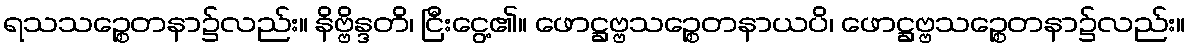
ရသသဉ္စေတနာ၌လည်း။ နိဗ္ဗိန္ဒတိ၊ ငြီးငွေ့၏။ ဖောဋ္ဌဗ္ဗသဉ္စေတနာယပိ၊ ဖောဋ္ဌဗ္ဗသဉ္စေတနာ၌လည်း။